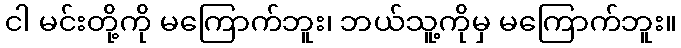
ငါ မင်းတို့ကို မကြောက်ဘူး၊ ဘယ်သူ့ကိုမှ မကြောက်ဘူး။